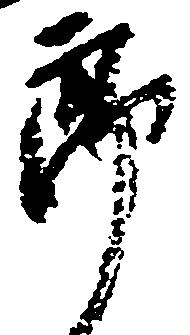
郎